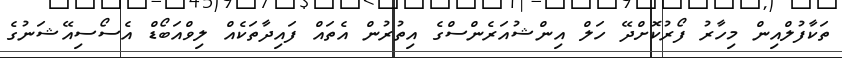
ތަކާފުލްއިން މިހާރު ފޯރުކޮށްދޭ ހަލް އިންޝުއަރެންސްގެ އިތުރުން އެތައް ފައިދާތަކެއް ލިވްއަބޯޑް އެސޯސިއޭޝަނުގެ